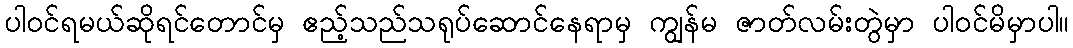
ပါဝင်ရမယ်ဆိုရင်တောင်မှ ဧည့်သည်သရုပ်ဆောင်နေရာမှ ကျွန်မ ဇာတ်လမ်းတွဲမှာ ပါဝင်မိမှာပါ။